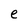
Character: e